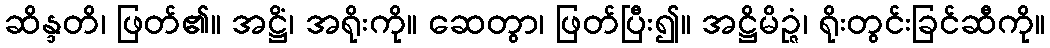
ဆိန္ဒတိ၊ ဖြတ်၏။ အဋ္ဌိံ၊ အရိုးကို။ ဆေတွာ၊ ဖြတ်ပြီး၍။ အဋ္ဌိမိဉ္ဇံ၊ ရိုးတွင်းခြင်ဆီကို။